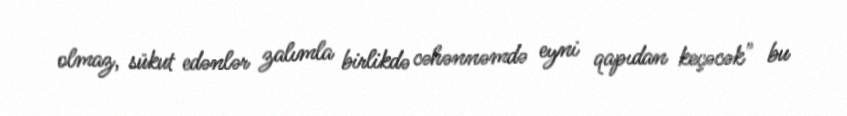
olmaz, sükut edənlər zalımla birlikdə cəhənnəmdə eyni qapıdan keçəcək" bu